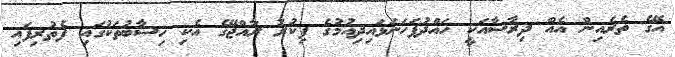
އޭގެ ތެރެއިން އެއް ދިރާސާއަކީ ހައްދުފަހަނަޅައިދިއުމުގެ ފިކުރު ރާއްޖޭގެ އެކި ހިސާބުތަކުގައި ފެތުރިފައި